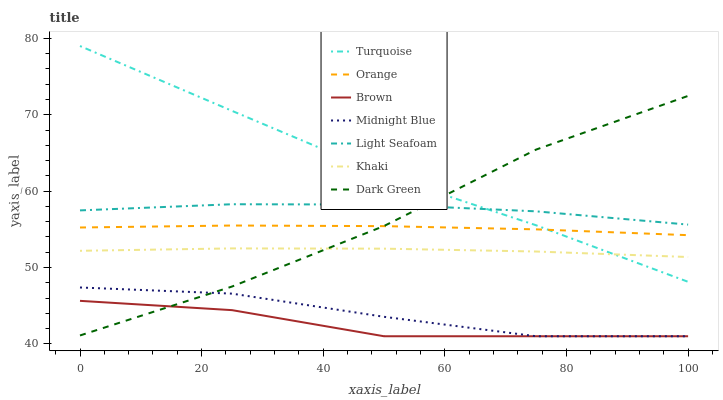
| xaxis_label | Turquoise | Orange | Brown | Midnight Blue | Light Seafoam | Khaki | Dark Green |
 | --- | --- | --- | --- | --- | --- | --- | --- |
 | 0 | 79 | 55.2 | 45.6 | 47.4 | 57.5 | 52.2 | 41.1 |
 | 25 | 70.5 | 55.5 | 44.4 | 46.6 | 58.3 | 52.5 | 47.5 |
 | 50 | 62.1 | 55.4 | 41 | 43.5 | 58.2 | 52.5 | 55.4 |
 | 75 | 55.5 | 55 | 41 | 41 | 57.4 | 52.1 | 65.4 |
 | 100 | 48.1 | 54.2 | 41 | 41 | 55.6 | 51.4 | 72.5 |